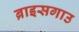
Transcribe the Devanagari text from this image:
ब्राइसगाउ